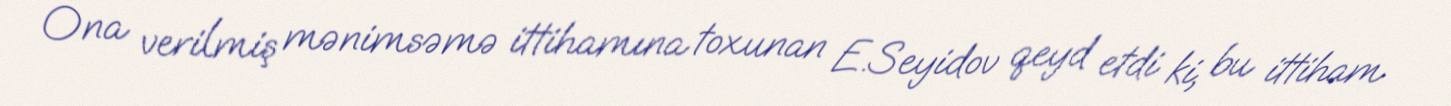
Ona verilmiş mənimsəmə ittihamına toxunan E.Seyidov qeyd etdi ki, bu ittiham